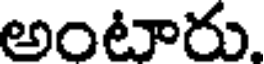
అంటారు.